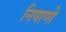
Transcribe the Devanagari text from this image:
निषाणी